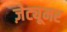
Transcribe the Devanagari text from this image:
ज़ेट्यूमर